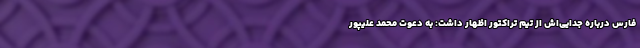
فارس درباره جدایی‌اش از تیم تراکتور اظهار داشت: به دعوت محمد علیپور